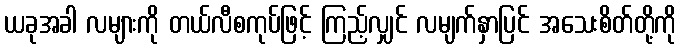
ယခုအခါ လများကို တယ်လီစကုပ်ဖြင့် ကြည့်လျှင် လမျက်နှာပြင် အသေးစိတ်တို့ကို